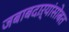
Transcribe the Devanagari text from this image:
जबाबदाऱ्यांसोबत